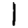
Digit: 1